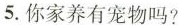
5.年你家养有宠物吗？